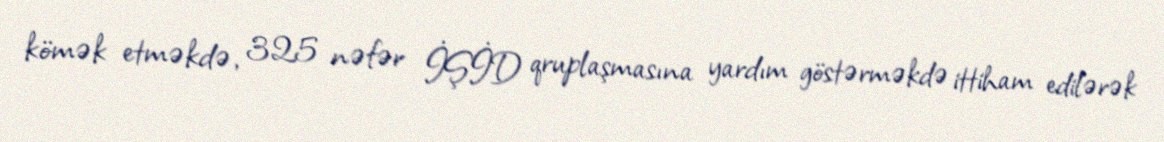
kömək etməkdə, 325 nəfər İŞİD qruplaşmasına yardım göstərməkdə ittiham edilərək